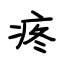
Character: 疼